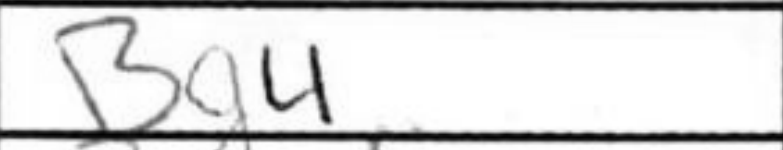
Transcription: Bg4